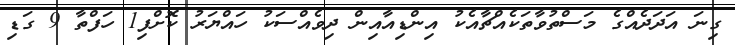
ގިނަ އަދަދެއްގެ މަސްތުވާތަކެއްޗާއެކު އިންޑިއާއިން ދިވެއްސަކު ހައްޔަރު ކޮށްފި1 ހަފްތާ 9 ގަޑި